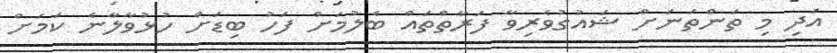
އަދި މި ތަންތަނަށް ޝައުގުވެރިވާ ފަރާތްތައް ބެލުމަށް ފަހު ބިޑަށް ހުޅުވާލާނެ ކަމަށް